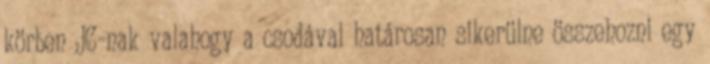
körben JC-nak valahogy a csodával határosan sikerülne összehozni egy